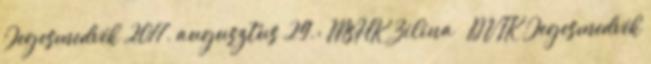
Jegesmedvék 2017. augusztus 29.: MsHK Zilina – DVTK Jegesmedvék